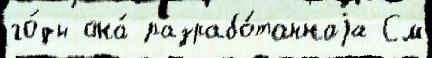
го́ды она́ разрабо́таннаjа См